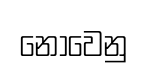
නොවෙනු